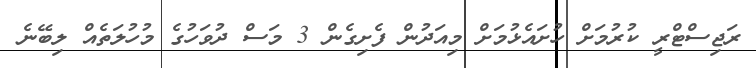
ރަޖިސްޓްރީ ކުރުމަށް ހުށައެޅުމަށް މިއަދުން ފެށިގެން 3 މަސް ދުވަހުގެ މުހުލަތެއް ލިބޭނެ